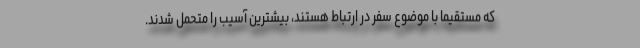
که مستقیماً با موضوع سفر در ارتباط هستند، بیشترین آسیب را متحمل شدند.